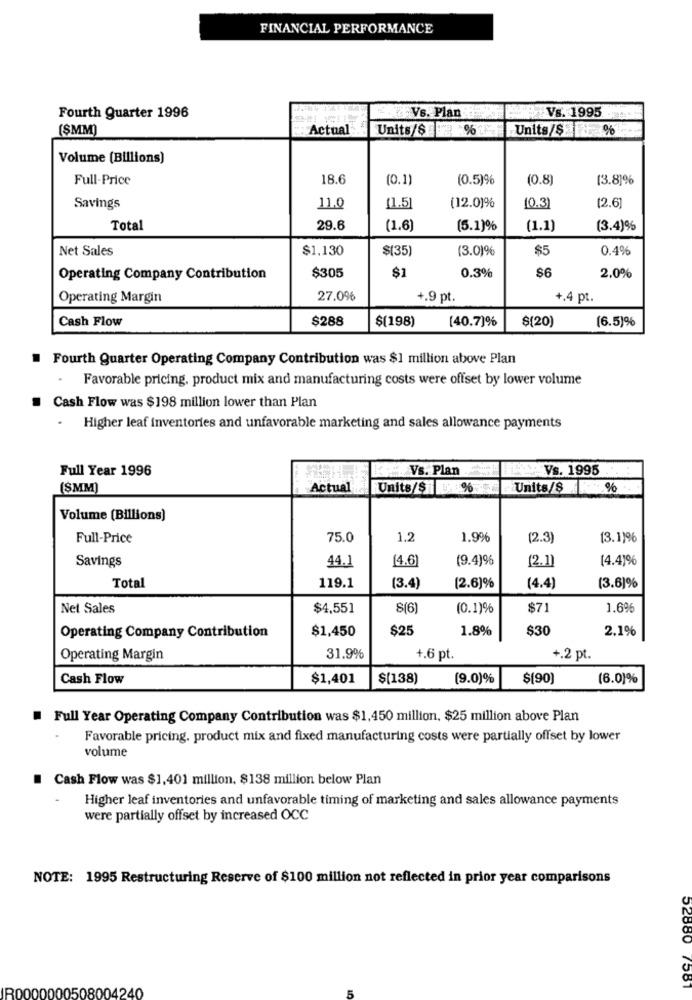
FINANCIAL PERFORMANCE
Vs. Plan
Vs. 1995
Fourth Quarter 1996
(ŞMM)
Actual
Units/$3 %
Units/$%
Volume (Billions)
Full-Price
18.6
(0.1)
(0.5)%
(0.8)
(3.8]%
Savings
11.0
(1.5]
(12.0)%
(0.3)
(2.6]
Total
29.6
(1.6)
(5.1)%
(1.1)
(3.4)%
Net Sales
$1,130
$(35)
(3.0)%
$5
0.4%
$305
$1
0.3%
$6
Operating Company Contribution
2.0%
Operating Margin
27.0%
+.9 pt.
+.4 pt.
Cash Flow
$288
$(198)
[40.7)%
$(20)
(6.5)%
Fourth Quarter Operating Company Contribution was $1 million above Plan
Favorable pricing, product mix and manufacturing costs were offset by lower volume
. Cash Flow was $198 million lower than Plan
.
Higher leaf inventories and unfavorable marketing and sales allowance payments
Full Year 1996
Vs. Plan
Vs. 1995
($MM)
Actual
Units/$ D: 1%
Units/$ %
Volume (Billions)
Full-Price
75.0
1.2
1.9%
(2.3)
[3.1)96
Savings
(4.6)
(9.4)6
(2.1)
[4.4)%
44.1
(2.6)%
(3.6)%
Total
119.1
(3.4)
(4.4)
Net Sales
$4,551
8(6
(0.1)%
$71
1.6%
$1.450
$25
1.8%
$30
2.1%
Operating Company Contribution
Operating Margin
31.9%
+.6 pt.
+.2 pt.
Cash Flow
$1,401
$(138)
(9.0)%
$(90)
(6.0)%
Full Year Operating Company Contribution was $1,450 million, $25 million above Plan
Favorable pricing. product mix and fixed manufacturing costs were partially offset by lower
volume
Cash Flow was $1,401 million, $138 million below Plan
Higher leaf inventories and unfavorable timing of marketing and sales allowance payments
were partially offset by increased OCC
NOTE: 1995 Restructuring Reserve of $100 million not reflected in prior year comparisons
52880 7581
IR0000000508004240